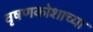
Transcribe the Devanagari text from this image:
वृषणकोशाच्या